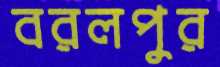
বরলপুর